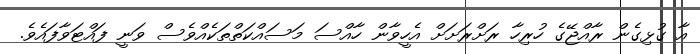
އާ ގުޅިގެން ރާއްޖޭގެ ހުރިހާ ރަށްރަށަށް އެހީވާން ހާއްސަ މަަސައްކަތްތަކެއްވެސް ވަނީ ފައްޓަވާފައެވެ.